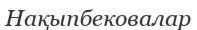
Нақыпбековалар